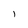
Character: 1